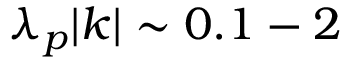
\lambda _ { p } | k | \sim 0 . 1 - 2